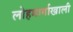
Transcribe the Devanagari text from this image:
लोहमार्गाखाली